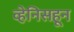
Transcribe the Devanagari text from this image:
व्हेनिसहून